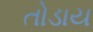
તોડાય